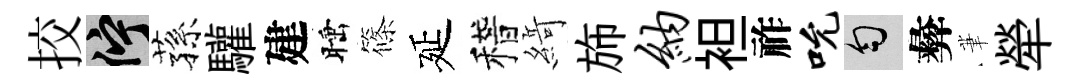
挍伫蓀驩建睡篠延稽𦂶斾纳袒祚吮匀彜茟犖